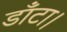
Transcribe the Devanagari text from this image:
डाँटा।